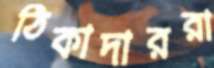
ঠিকাদাররা